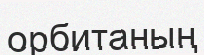
орбитаның